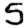
Digit: 5